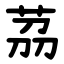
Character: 茘